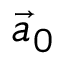
{ \vec { a } } _ { 0 }